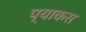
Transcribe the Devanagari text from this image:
प्याकस